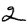
Digit: 2